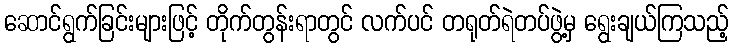
ဆောင်ရွက်ခြင်းများဖြင့် တိုက်တွန်းရာတွင် လက်ပင် တရုတ်ရဲတပ်ဖွဲ့မှ ရွေးချယ်ကြသည့်